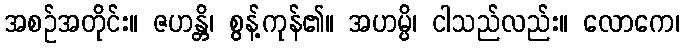
အစဉ်အတိုင်း။ ဇဟန္တိ၊ စွန့်ကုန်၏။ အဟမ္ပိ၊ ငါသည်လည်း။ လောကေ၊